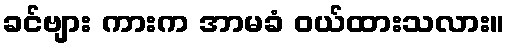
ခင်ဗျား ကားက အာမခံ ဝယ်ထားသလား။